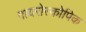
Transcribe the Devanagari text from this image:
गायरोस्कोपिक